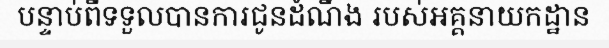
បន្ទាប់ពីទទួលបានការជូនដំណឹង របស់អគ្គនាយកដ្ឋាន